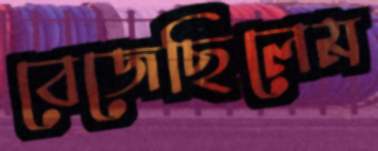
বেজেছিলেম